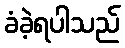
ခံခဲ့ရပါသည်